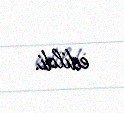
edildi.